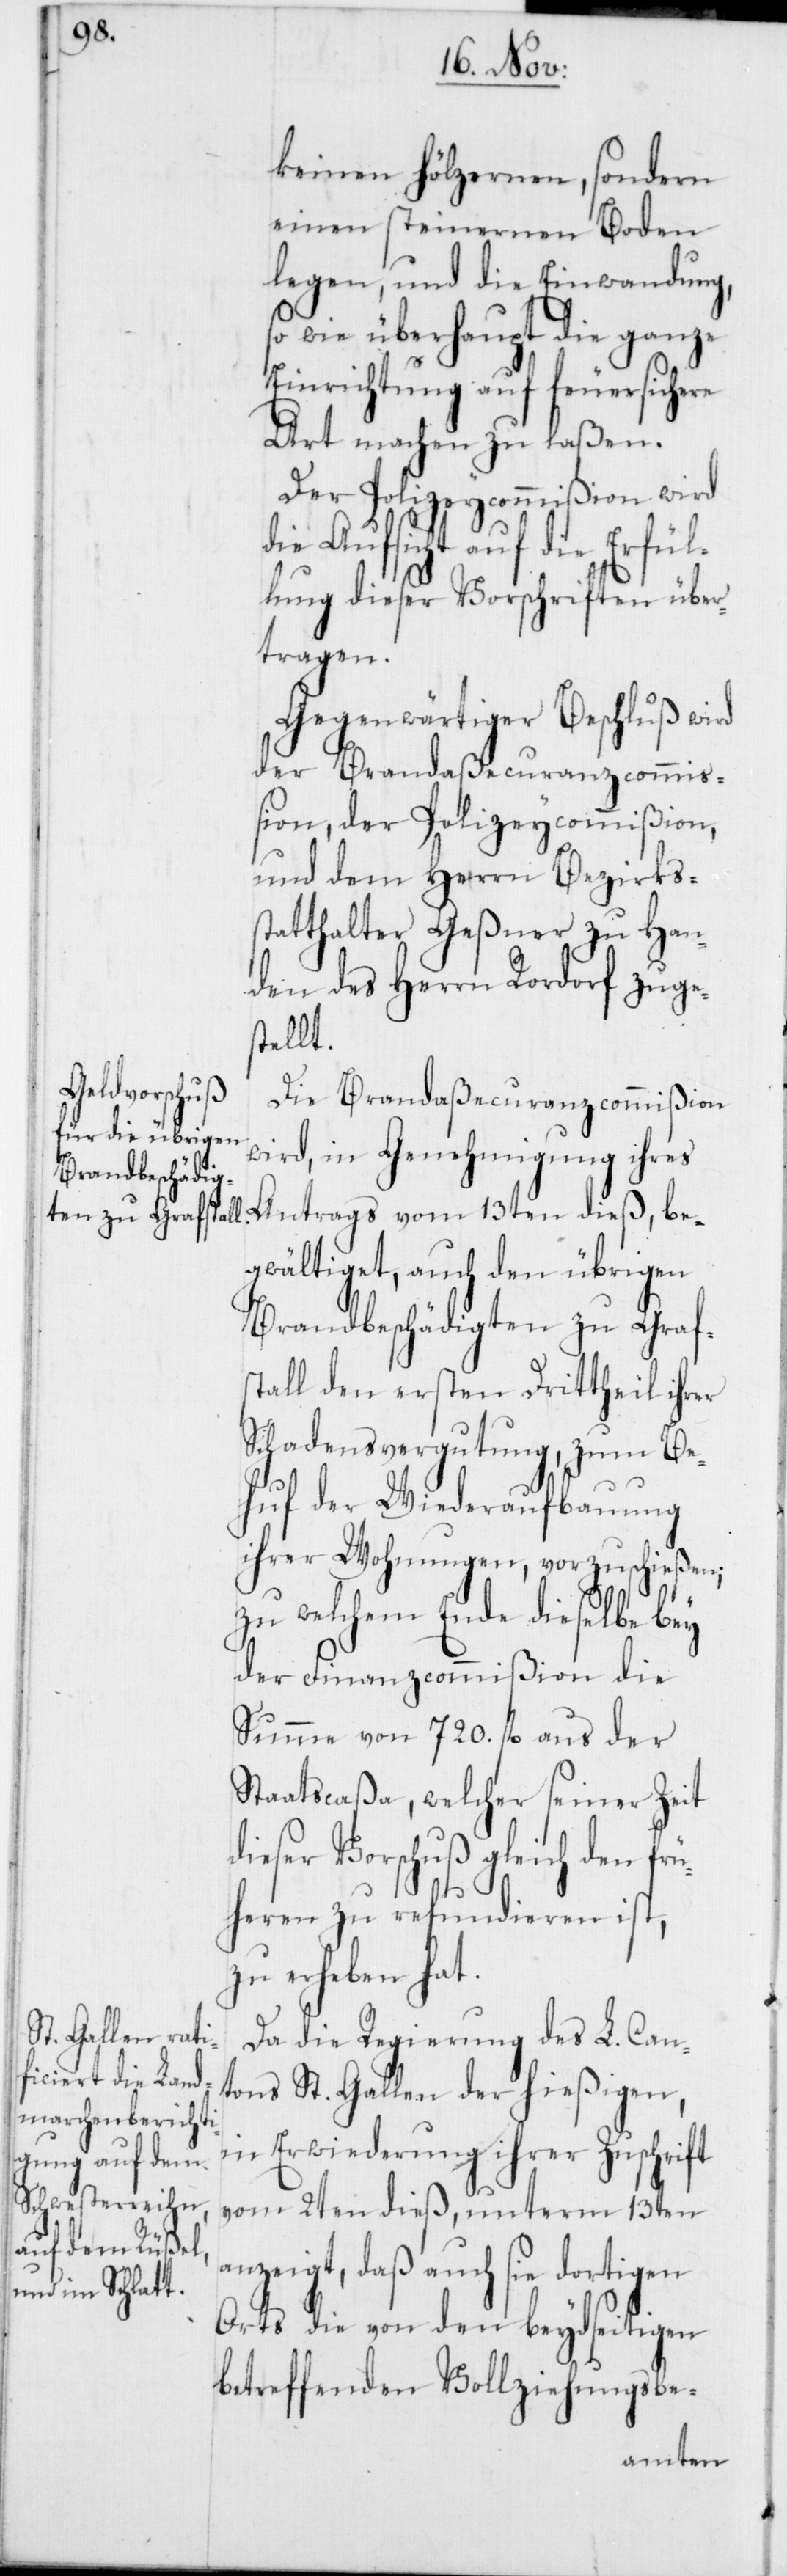
keinen hölzernen, sondern
einen steinernen Boden
legen, und die Einwandung,
so wie überhaupt die ganze
Einrichtung auf feuersichere
Art machen zu laßen.
Der Polizeycommißion wird
die Aufsicht auf die Erfül¬
lung dieser Vorschriften über¬
tragen.
Gegenwärtiger Beschluß wird
der Brandaßecuranzcommiß¬
ion, der Polizeycommißion,
und dem Herrn Bezirks¬
statthalter Geßner zu Han¬
den des Herrn Rordorf zuge¬
stellt.
Die Brandaßecuranzcommißion
wird, in Genehmigung ihres
Antrags vom 13ten dieß, be¬
gwältiget, auch den übrigen
Brandbeschädigten zu Graf¬
stall den ersten Drittheil ihrer
Schadensvergutung, zum Be¬
huf der Wiederaufbauung
ihrer Wohnungen, vorzuschießen;
zu welchem Ende dieselbe bey
der Finanzcommißion die
Summe von 720. fl. aus der
Staatscaßa, welcher seiner Zeit
dieser Vorschuß gleich den frü¬
heren zu refundieren ist,
zu erheben hat.
Da die Regierung des L. Can¬
tons St. Gallen der hießigen,
in Erwiderung ihrer Zuschrift
vom 2ten dieß, unterm 13ten
anzeigt, daß auch sie dortigen
Orts die von den beydseitigen
betreffenden Vollziehungsbe-